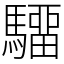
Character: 驑